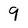
Character: 9